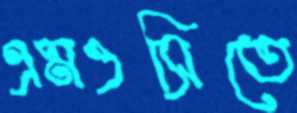
এমওসিতে